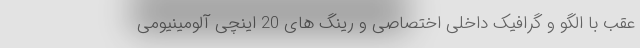
عقب با الگو و گرافیک داخلی اختصاصی و رینگ های 20 اینچی آلومینیومی